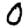
Digit: 0